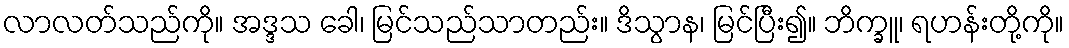
လာလတ်သည်ကို။ အဒ္ဒသ ခေါ၊ မြင်သည်သာတည်း။ ဒိသွာန၊ မြင်ပြီး၍။ ဘိက္ခူ၊ ရဟန်းတို့ကို။